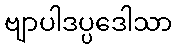
ဗျာပါဒပ္ပဒေါသာ